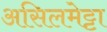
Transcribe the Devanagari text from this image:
असिलमेट्टा